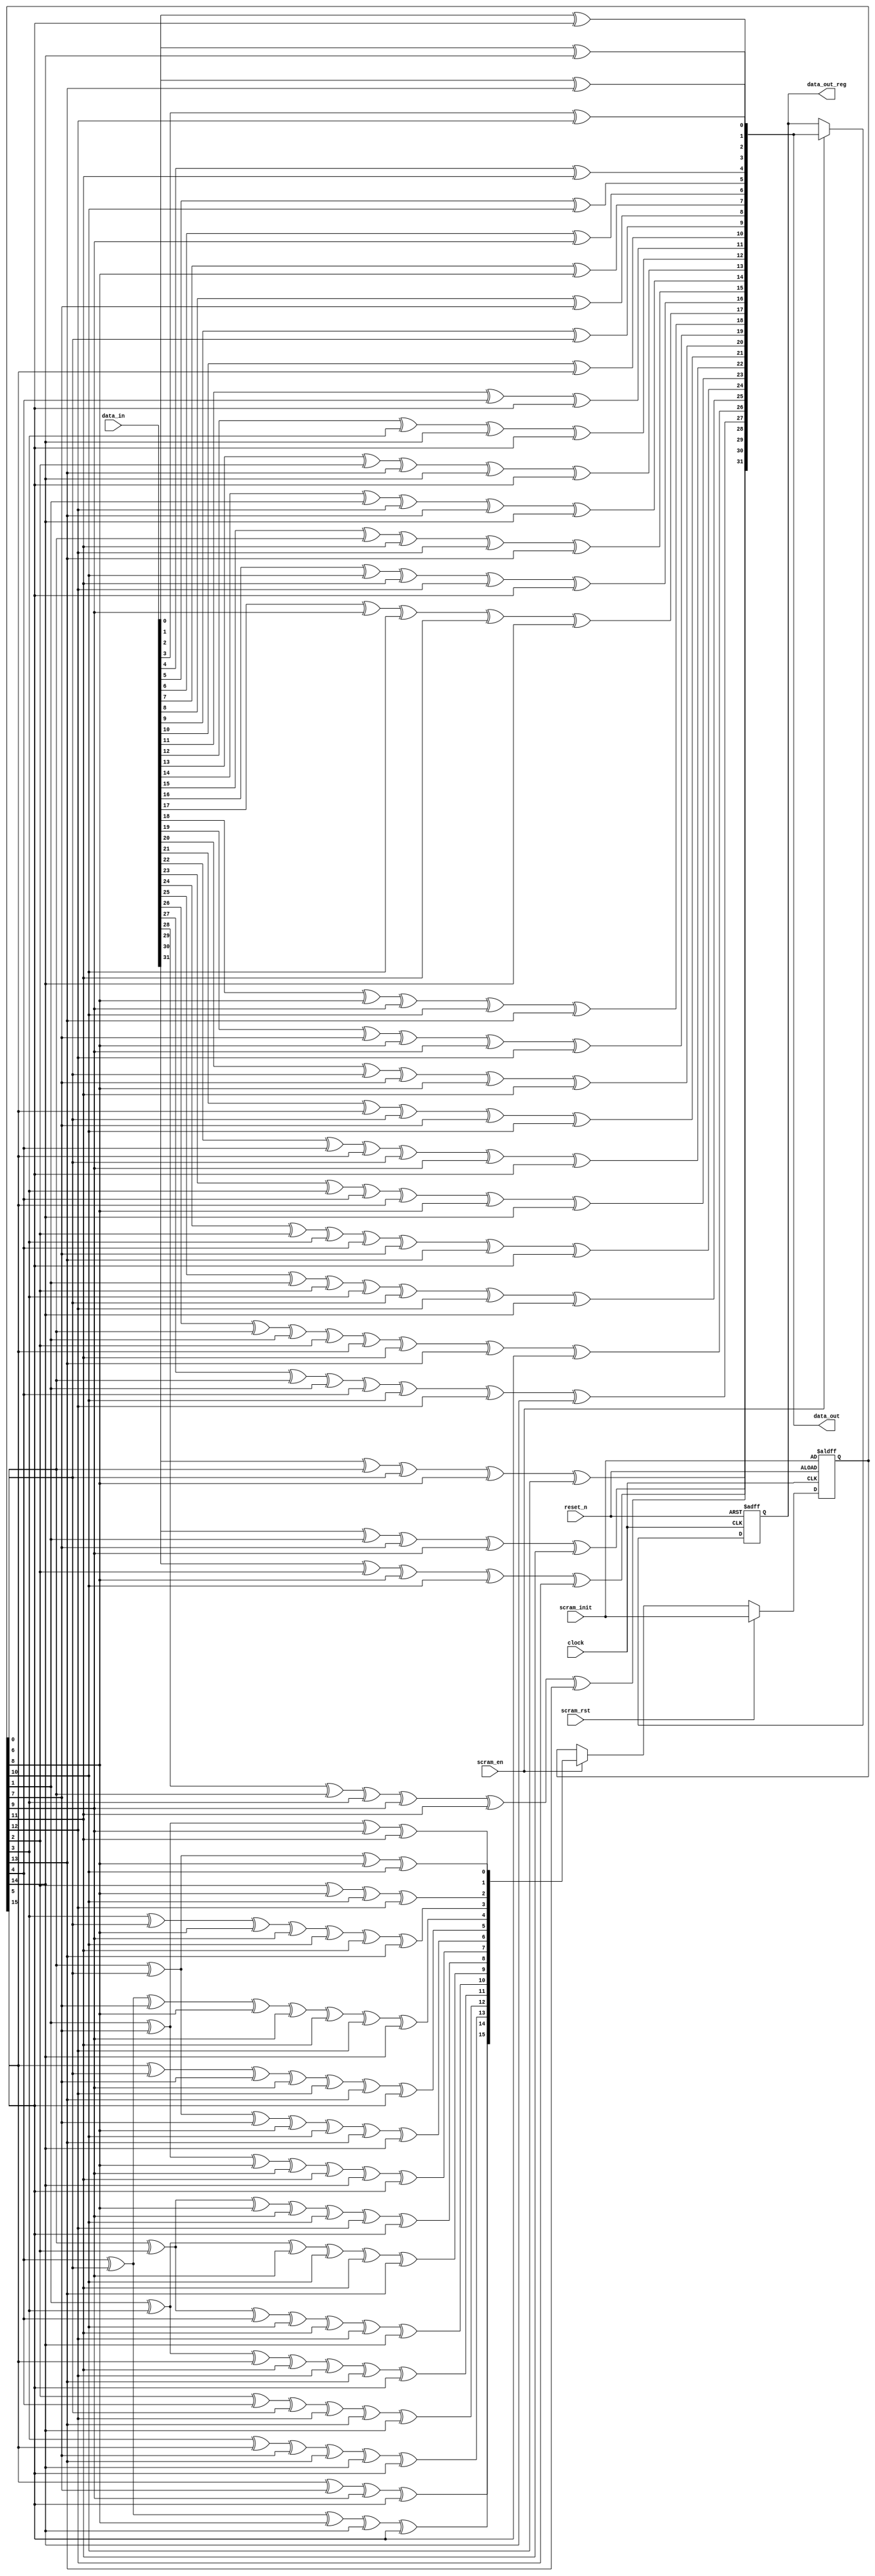
// This program was cloned from: https://github.com/enjoy-digital/usb3_pipe
// License: BSD 2-Clause "Simplified" License


//
// usb 3.0 data scrambling lfsr
//
// Copyright (C) 2009 OutputLogic.com
// This source file may be used and distributed without restriction
// provided that this copyright statement is not removed from the file
// and that any derivative work contains the original copyright notice
// and the associated disclaimer.
//
// THIS SOURCE FILE IS PROVIDED "AS IS" AND WITHOUT ANY EXPRESS
// OR IMPLIED WARRANTIES, INCLUDING, WITHOUT LIMITATION, THE IMPLIED
// WARRANTIES OF MERCHANTIBILITY AND FITNESS FOR A PARTICULAR PURPOSE.
//

module usb3_lfsr (

input	wire			clock,
input	wire			reset_n,

input 	wire	[31:0] 	data_in,
input 	wire			scram_en,
input 	wire			scram_rst,
input	wire	[15:0]	scram_init,
output	reg		[31:0]	data_out,
output	reg		[31:0]	data_out_reg

);

	reg		[15:0]	lfsr_q, lfsr_c;
	reg		[31:0]	data_c;

always @(*) begin
	lfsr_c[0] = lfsr_q[0] ^ lfsr_q[6] ^ lfsr_q[8] ^ lfsr_q[10];
	lfsr_c[1] = lfsr_q[1] ^ lfsr_q[7] ^ lfsr_q[9] ^ lfsr_q[11];
	lfsr_c[2] = lfsr_q[2] ^ lfsr_q[8] ^ lfsr_q[10] ^ lfsr_q[12];
	lfsr_c[3] = lfsr_q[3] ^ lfsr_q[6] ^ lfsr_q[8] ^ lfsr_q[9] ^ lfsr_q[10] ^ lfsr_q[11] ^ lfsr_q[13];
	lfsr_c[4] = lfsr_q[4] ^ lfsr_q[6] ^ lfsr_q[7] ^ lfsr_q[8] ^ lfsr_q[9] ^ lfsr_q[11] ^ lfsr_q[12] ^ lfsr_q[14];
	lfsr_c[5] = lfsr_q[5] ^ lfsr_q[6] ^ lfsr_q[7] ^ lfsr_q[9] ^ lfsr_q[12] ^ lfsr_q[13] ^ lfsr_q[15];
	lfsr_c[6] = lfsr_q[0] ^ lfsr_q[6] ^ lfsr_q[7] ^ lfsr_q[8] ^ lfsr_q[10] ^ lfsr_q[13] ^ lfsr_q[14];
	lfsr_c[7] = lfsr_q[1] ^ lfsr_q[7] ^ lfsr_q[8] ^ lfsr_q[9] ^ lfsr_q[11] ^ lfsr_q[14] ^ lfsr_q[15];
	lfsr_c[8] = lfsr_q[0] ^ lfsr_q[2] ^ lfsr_q[8] ^ lfsr_q[9] ^ lfsr_q[10] ^ lfsr_q[12] ^ lfsr_q[15];
	lfsr_c[9] = lfsr_q[1] ^ lfsr_q[3] ^ lfsr_q[9] ^ lfsr_q[10] ^ lfsr_q[11] ^ lfsr_q[13];
	lfsr_c[10] = lfsr_q[0] ^ lfsr_q[2] ^ lfsr_q[4] ^ lfsr_q[10] ^ lfsr_q[11] ^ lfsr_q[12] ^ lfsr_q[14];
	lfsr_c[11] = lfsr_q[1] ^ lfsr_q[3] ^ lfsr_q[5] ^ lfsr_q[11] ^ lfsr_q[12] ^ lfsr_q[13] ^ lfsr_q[15];
	lfsr_c[12] = lfsr_q[2] ^ lfsr_q[4] ^ lfsr_q[6] ^ lfsr_q[12] ^ lfsr_q[13] ^ lfsr_q[14];
	lfsr_c[13] = lfsr_q[3] ^ lfsr_q[5] ^ lfsr_q[7] ^ lfsr_q[13] ^ lfsr_q[14] ^ lfsr_q[15];
	lfsr_c[14] = lfsr_q[4] ^ lfsr_q[6] ^ lfsr_q[8] ^ lfsr_q[14] ^ lfsr_q[15];
	lfsr_c[15] = lfsr_q[5] ^ lfsr_q[7] ^ lfsr_q[9] ^ lfsr_q[15];

	data_c[0] = data_in[0] ^ lfsr_q[15];
	data_c[1] = data_in[1] ^ lfsr_q[14];
	data_c[2] = data_in[2] ^ lfsr_q[13];
	data_c[3] = data_in[3] ^ lfsr_q[12];
	data_c[4] = data_in[4] ^ lfsr_q[11];
	data_c[5] = data_in[5] ^ lfsr_q[10];
	data_c[6] = data_in[6] ^ lfsr_q[9];
	data_c[7] = data_in[7] ^ lfsr_q[8];
	data_c[8] = data_in[8] ^ lfsr_q[7];
	data_c[9] = data_in[9] ^ lfsr_q[6];
	data_c[10] = data_in[10] ^ lfsr_q[5];
	data_c[11] = data_in[11] ^ lfsr_q[4] ^ lfsr_q[15];
	data_c[12] = data_in[12] ^ lfsr_q[3] ^ lfsr_q[14] ^ lfsr_q[15];
	data_c[13] = data_in[13] ^ lfsr_q[2] ^ lfsr_q[13] ^ lfsr_q[14] ^ lfsr_q[15];
	data_c[14] = data_in[14] ^ lfsr_q[1] ^ lfsr_q[12] ^ lfsr_q[13] ^ lfsr_q[14];
	data_c[15] = data_in[15] ^ lfsr_q[0] ^ lfsr_q[11] ^ lfsr_q[12] ^ lfsr_q[13];
	data_c[16] = data_in[16] ^ lfsr_q[10] ^ lfsr_q[11] ^ lfsr_q[12] ^ lfsr_q[15];
	data_c[17] = data_in[17] ^ lfsr_q[9] ^ lfsr_q[10] ^ lfsr_q[11] ^ lfsr_q[14];
	data_c[18] = data_in[18] ^ lfsr_q[8] ^ lfsr_q[9] ^ lfsr_q[10] ^ lfsr_q[13];
	data_c[19] = data_in[19] ^ lfsr_q[7] ^ lfsr_q[8] ^ lfsr_q[9] ^ lfsr_q[12];
	data_c[20] = data_in[20] ^ lfsr_q[6] ^ lfsr_q[7] ^ lfsr_q[8] ^ lfsr_q[11];
	data_c[21] = data_in[21] ^ lfsr_q[5] ^ lfsr_q[6] ^ lfsr_q[7] ^ lfsr_q[10];
	data_c[22] = data_in[22] ^ lfsr_q[4] ^ lfsr_q[5] ^ lfsr_q[6] ^ lfsr_q[9] ^ lfsr_q[15];
	data_c[23] = data_in[23] ^ lfsr_q[3] ^ lfsr_q[4] ^ lfsr_q[5] ^ lfsr_q[8] ^ lfsr_q[14];
	data_c[24] = data_in[24] ^ lfsr_q[2] ^ lfsr_q[3] ^ lfsr_q[4] ^ lfsr_q[7] ^ lfsr_q[13] ^ lfsr_q[15];
	data_c[25] = data_in[25] ^ lfsr_q[1] ^ lfsr_q[2] ^ lfsr_q[3] ^ lfsr_q[6] ^ lfsr_q[12] ^ lfsr_q[14];
	data_c[26] = data_in[26] ^ lfsr_q[0] ^ lfsr_q[1] ^ lfsr_q[2] ^ lfsr_q[5] ^ lfsr_q[11] ^ lfsr_q[13] ^ lfsr_q[15];
	data_c[27] = data_in[27] ^ lfsr_q[0] ^ lfsr_q[1] ^ lfsr_q[4] ^ lfsr_q[10] ^ lfsr_q[12] ^ lfsr_q[14];
	data_c[28] = data_in[28] ^ lfsr_q[0] ^ lfsr_q[3] ^ lfsr_q[9] ^ lfsr_q[11] ^ lfsr_q[13];
	data_c[29] = data_in[29] ^ lfsr_q[2] ^ lfsr_q[8] ^ lfsr_q[10] ^ lfsr_q[12];
	data_c[30] = data_in[30] ^ lfsr_q[1] ^ lfsr_q[7] ^ lfsr_q[9] ^ lfsr_q[11];
	data_c[31] = data_in[31] ^ lfsr_q[0] ^ lfsr_q[6] ^ lfsr_q[8] ^ lfsr_q[10];
	
	//data_out = scram_en ? data_c : data_out;
	data_out = data_c;
end

always @(posedge clock, negedge reset_n) begin
	if(~reset_n) begin
		lfsr_q <= scram_init;
		data_out_reg <= 32'h0;
	end	else begin
		lfsr_q <= scram_rst ? scram_init : scram_en ? lfsr_c : lfsr_q;
		data_out_reg <= scram_en ? data_c : data_out_reg;
	end
end

endmodule